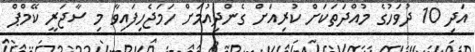
އަދި 10 ދުވަހުގެ މުއްދަތަކަށް ކުރިއަށް ގެންދިއުމަށް ހަމަޖެހިފައިވާ މި ސާޖަރީ ކޭމްޕް